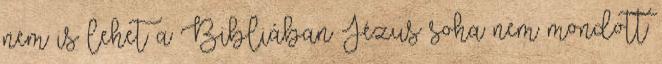
nem is lehet a Bibliában Jézus soha nem mondott